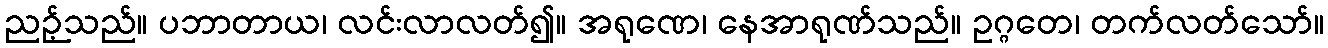
ညဉ့်သည်။ ပဘာတာယ၊ လင်းလာလတ်၍။ အရုဏေ၊ နေအာရုဏ်သည်။ ဥဂ္ဂတေ၊ တက်လတ်သော်။